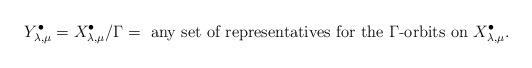
LaTeX: \begin{align*} Y^\bullet_{\lambda,\mu} = X^\bullet_{\lambda,\mu}/\Gamma = \text{ any set of representatives for the $\Gamma$-orbits on $X^\bullet_{\lambda,\mu}$}.\end{align*}